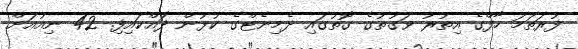
ފުރަތަމަ ހާފްގެ އިތުރު ވަގުތުގެ ގޮތުގައި ދެމިނެޓްގެ ކުޅުން ދައްކައިފި. 42 ނިއުއަށް